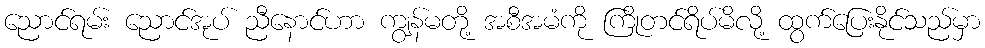
ညောင်ရမ်း ညောင်အုပ် ညီနောင်ဟာ ကျွန်မတို့ အစီအမံကို ကြိုတင်ရိပ်မိလို့ ထွက်ပြေးနိုင်သည်မှာ